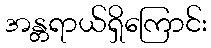
အန္တရာယ်ရှိကြောင်း